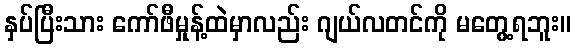
နှပ်ပြီးသား ကော်ဖီမှုန့်ထဲမှာလည်း ဂျယ်လတင်ကို မတွေ့ရဘူး။